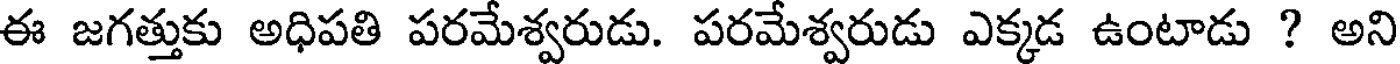
ఈ జగత్తుకు అధిపతి పరమేశ్వరుడు. పరమేశ్వరుడు ఎక్కడ ఉంటాడు ? అని